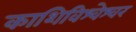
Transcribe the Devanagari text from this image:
काशिविश्वेश्वर